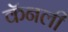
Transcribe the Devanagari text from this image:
कॅनली